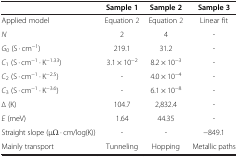
|  | Sample 1 | Sample 2 | Sample 3 |
 | --- | --- | --- | --- |
 | Applied model | Equation 2 | Equation 2 | Linear fit |
 | N | 2 | 4 | - |
 | G0 (S · cm−1) | 219.1 | 31.2 | - |
 | C1 (S · cm−1 · K−1.33) | 3.1 × 10−2 | 8.2 × 10−3 | - |
 | C2 (S · cm−1 · K−2.5) | - | 4.0 × 10−4 | - |
 | C3 (S · cm−1 · K−3.6) | - | 6.1 × 10−8 | - |
 | ∆ (K) | 104.7 | 2,832.4 | - |
 | E (meV) | 1.64 | 44.35 | - |
 | Straight slope (μΩ · cm/log(K)) | - | - | −849.1 |
 | Mainly transport | Tunneling | Hopping | Metallic paths |